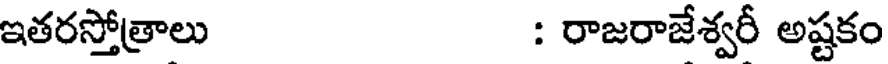
ఇతరస్తోత్రాలు : రాజరాజేశ్వరీ అష్టకం